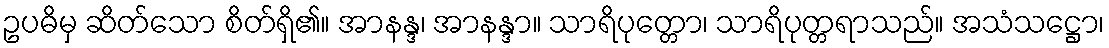
ဥပဓိမှ ဆိတ်သော စိတ်ရှိ၏။ အာနန္ဒ၊ အာနန္ဒာ။ သာရိပုတ္တော၊ သာရိပုတ္တရာသည်။ အသံသဋ္ဌော၊